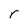
Character: r